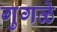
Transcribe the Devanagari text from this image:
गुगळे